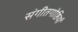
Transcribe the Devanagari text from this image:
संगीतगोष्ठियाँ